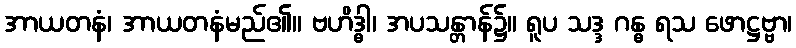
အာယတနံ၊ အာယတနံမည်၏။ ဗဟိဒ္ဓါ၊ အပသန္တာန်၌။ ရူပ သဒ္ဒ ဂန္ဓ ရသ ဖောဋ္ဌဗ္ဗာ၊